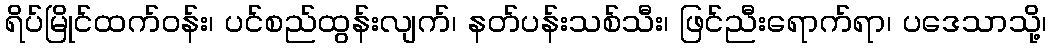
ရိပ်မြိုင်ထက်ဝန်း၊ ပင်စည်ထွန်းလျက်၊ နတ်ပန်းသစ်သီး၊ ဖြင်ညီးရောက်ရာ၊ ပဒေသာသို့၊